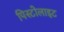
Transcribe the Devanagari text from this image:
पिस्टोलाइट